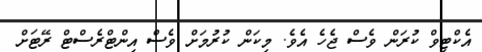
އެކްޓިވް ކުރަން ވެސް ޖެހެ އެވެ. މިކަން ކުރުމަށް ވެސް އިންޓްރެސްޓް ރޭޓަށް